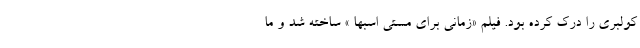
کولبری را درک کرده بود. فیلم «زمانی برای مستی اسبها » ساخته شد و ما